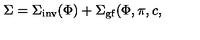
\Sigma = \Sigma _ { \mathrm { i n v } } ( \Phi ) + \Sigma _ { \mathrm { g f } } ( \Phi , \pi , c ,